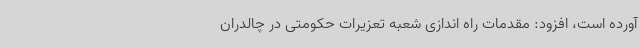
آورده است، افزود: مقدمات راه اندازی شعبه تعزیرات حکومتی در چالدران